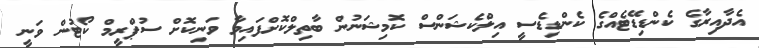
އެދާއިރާގެ ކެންޑިޑޭޓެއްގެ ކެންޑިޑެސީ އިލްކެޝަންސް ކޮމިޝަނުން ބާތިލްކޮށްފައިވާ ވަނިކޮށް ސުޕްރީމް ކޯޓުން ވަނީ